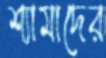
শ্যামাদের